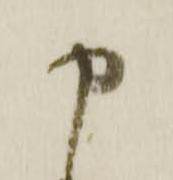
申